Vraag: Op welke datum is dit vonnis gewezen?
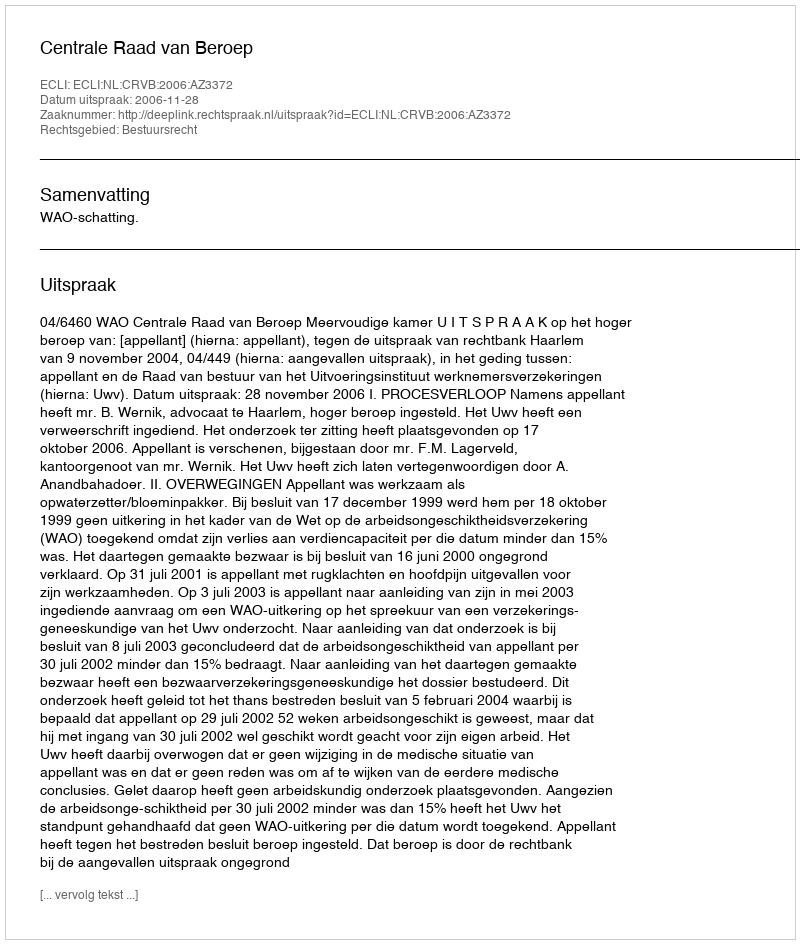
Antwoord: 2006-11-28